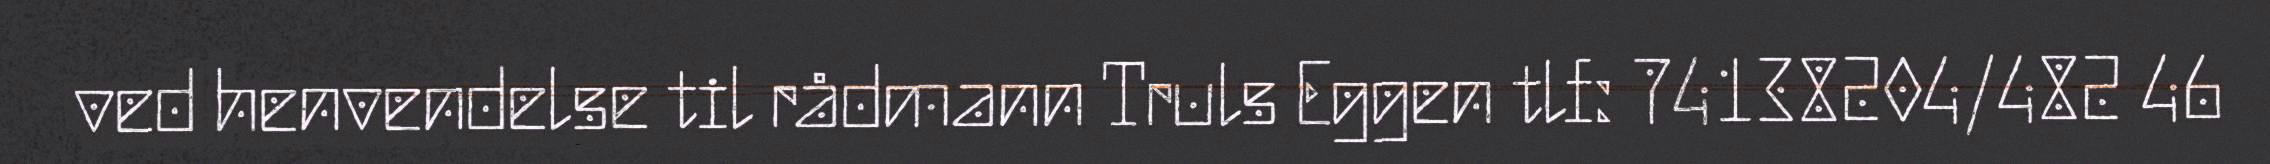
ved henvendelse til rådmann Truls Eggen tlf: 74138204/482 46